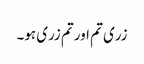
زری تم اور تم زری ہو۔